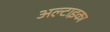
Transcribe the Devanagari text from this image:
अल्टाइका